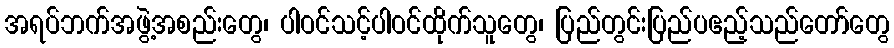
အရပ်ဘက်အဖွဲ့အစည်းတွေ၊ ပါဝင်သင့်ပါဝင်ထိုက်သူတွေ၊ ပြည်တွင်းပြည်ပဧည့်သည်တော်တွေ